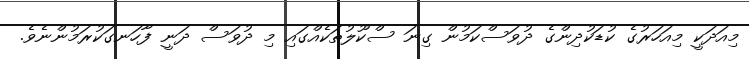
މިއަދަކީ މިއަހަރުގެ ކުޑަކުދިންގެ ދުވަސްކަމުން ގިނަ ސްކޫލުތަކެއްގައި މި ދުވަސް ދަނީ ފާހަނގަކުރަމުންނެވެ.